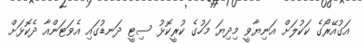
އަގުއޭރޯގެ ކަކުލަށް އަނިޔާވީ މިދިޔަ މަހުގެ ކުރީކޮޅު ސިޓީ ދަނޑުގައި އެވަޓަންއާ ދެކޮޅަށް